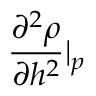
\frac { \partial ^ { 2 } \rho } { \partial h ^ { 2 } } \vert _ { p }